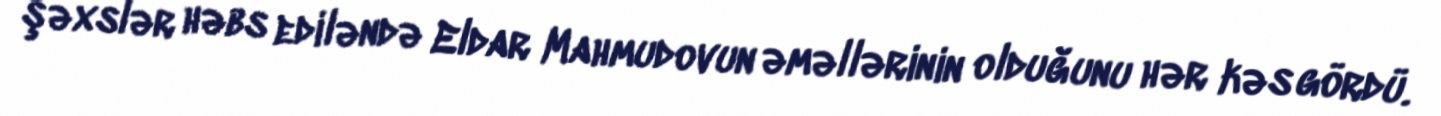
şəxslər həbs ediləndə Eldar Mahmudovun əməllərinin olduğunu hər kəs gördü.